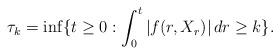
LaTeX: \begin{align*}\tau_k=\inf\{t\ge 0:\int_0^t|f(r,X_r)|\,dr\ge k\}.\end{align*}